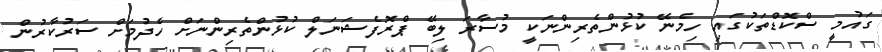
ގައުމީ ސްކޮޑްތަކުގައި ހިމެނޭ ކުޅުންތެރިންނަކީ މުސާރަ ލިބޭ ޕްރޮފެޝަނަލް ކުޅުންތެރިންނަށް ހެދުމަށް ސަރުކާރުން